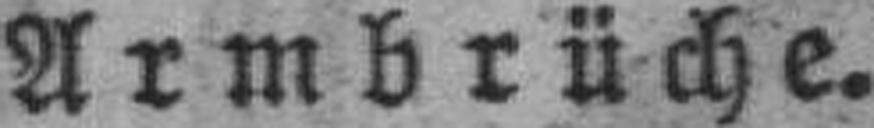
Armbrüche.